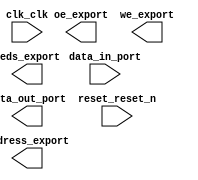

module microprocessor (
	address_export,
	clk_clk,
	data_in_port,
	data_out_port,
	leds_export,
	oe_export,
	reset_reset_n,
	we_export);	

	output	[7:0]	address_export;
	input		clk_clk;
	input	[7:0]	data_in_port;
	output	[7:0]	data_out_port;
	output	[7:0]	leds_export;
	output		oe_export;
	input		reset_reset_n;
	output		we_export;
endmodule